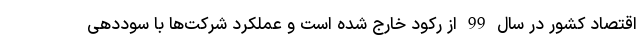
اقتصاد کشور در سال 99 از رکود خارج شده است و عملکرد شرکت‌ها با سوددهی